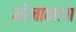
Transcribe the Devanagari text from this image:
मीनावाला